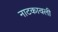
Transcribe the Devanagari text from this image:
नाटकावली